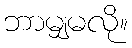
ဘာမျှမလို။